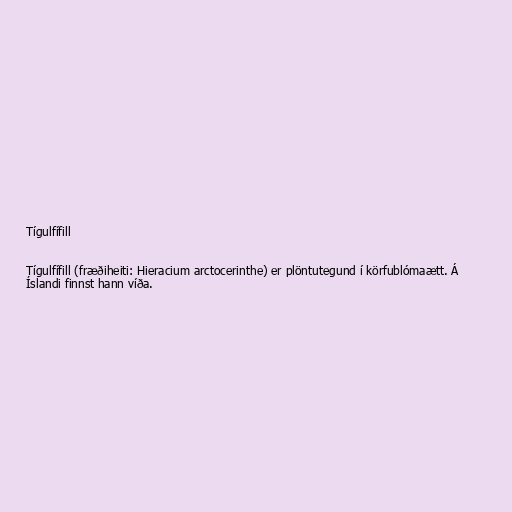
Tígulfífill

Tígulfífill (fræðiheiti: Hieracium arctocerinthe) er plöntutegund í körfublómaætt. Á
Íslandi finnst hann víða.